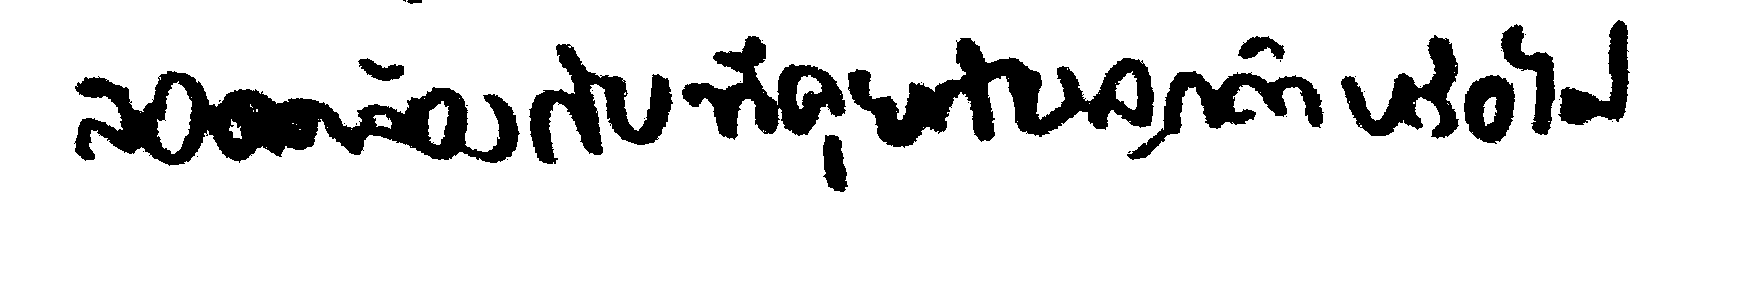
สอดคล้องกับที่คุยกับลูกค้าหรือไม่